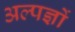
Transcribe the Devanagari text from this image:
अल्पज्ञों